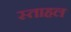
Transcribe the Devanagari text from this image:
स्ताहल